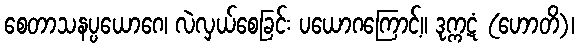
စေတာသနပ္ပယောဂေ၊ လဲလှယ်စေခြင်း ပယောဂကြောင့်။ ဒုက္ကဋံ (ဟောတိ)၊